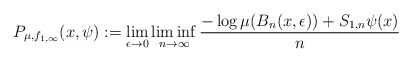
\begin{align*}P_{\mu,f_{1,\infty}}(x,\psi):=\lim_{\epsilon\to 0}\liminf_{n\to\infty}\dfrac{-\log\mu(B_{n}(x,\epsilon))+S_{1,n}\psi(x)}{n}\end{align*}